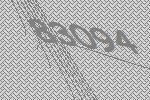
83094